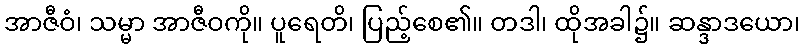
အာဇီဝံ၊ သမ္မာ အာဇီဝကို။ ပူရေတိ၊ ပြည့်စေ၏။ တဒါ၊ ထိုအခါ၌။ ဆန္ဒာဒယော၊